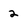
Character: 2